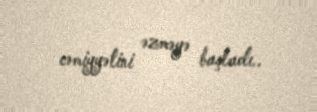
cəmiyyətini əzməyə başladı..